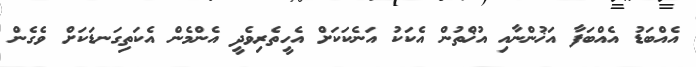
އެއްބަޑު އެއްބަފާ އަޚުންނާއި އުޚްތުން އެކަކު އަނެކަކަށް އެހީތެރިވެދީ އެންމެން އެކަތިގަނޑަކަށް ވެގެން